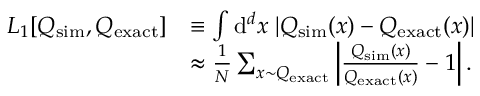
\begin{array} { r l } { L _ { 1 } [ Q _ { \mathrm { s i m } } , Q _ { \mathrm { e x a c t } } ] } & { \equiv \int \mathrm { d } ^ { d } x \; | Q _ { \mathrm { s i m } } ( x ) - Q _ { \mathrm { e x a c t } } ( x ) | } \\ & { \approx \frac { 1 } { N } \sum _ { x { \sim } Q _ { \mathrm { e x a c t } } } \left| \frac { Q _ { \mathrm { s i m } } ( x ) } { Q _ { \mathrm { e x a c t } } ( x ) } - 1 \right| . } \end{array}